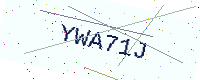
Text: YWA71J